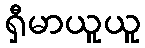
ရှီမာယူယူ